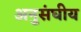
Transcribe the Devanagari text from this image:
अनुसंघीय